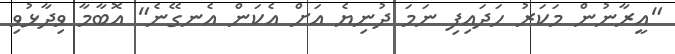
"އީރާނުން މަކަރު ހަދައިފި ނަމަ ދުނިޔެ އަށް އެކަން އެނގޭނެ" އޮބާމާ ވިދާޅުވި